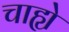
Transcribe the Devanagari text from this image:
चाह्ये